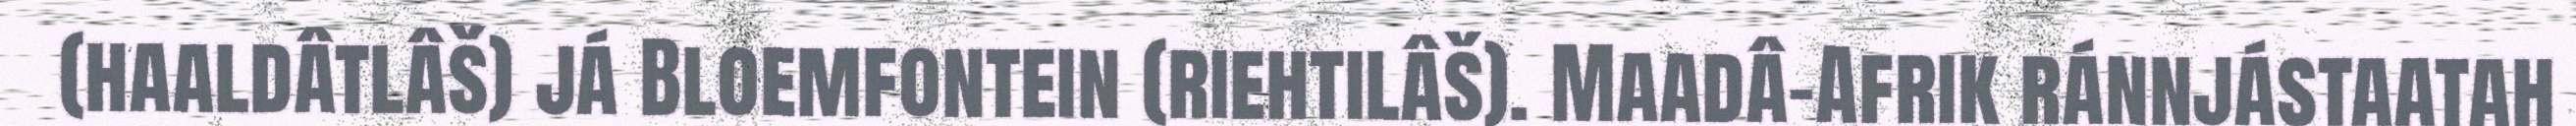
(haaldâtlâš) já Bloemfontein (riehtilâš). Maadâ-Afrik ránnjástaatah